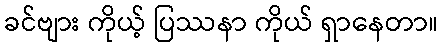
ခင်ဗျား ကိုယ့် ပြဿနာ ကိုယ် ရှာနေတာ။